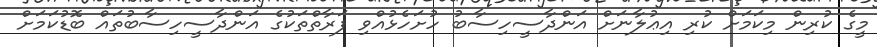
މީގެ ކުރިން މިކަމަށް ކުރި އިޢުލާނަށް އަންދާސީހިސާބު ހުށަހެޅުއްވި ފަރާތްތަކުގެ އަންދާސީހިސާބުތައް ބޮޑުކަމަށް